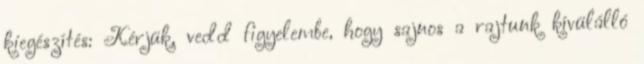
kiegészítés: Kérjük, vedd figyelembe, hogy sajnos a rajtunk kívülálló